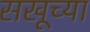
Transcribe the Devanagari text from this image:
सखूच्या